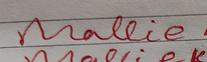
Signature authenticity: forged